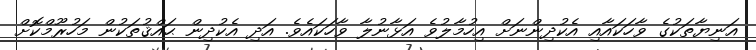
އަނިޔާތަކުގެ ވާހަކައާއި އެކުދިންނަށް އިހުމާލުވެ އަޅާނުލާ ވާހަކައެވެ. އަދި އެކުދިން ޙައްޤުތަކުން މަހުރޫމްކޮށް